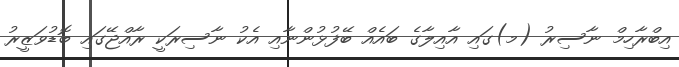
އިބްރާހިމް ނާސިރު (މ)ގައި އާއިލާގެ ބައެއް ބޭފުޅުންނާއި އެކު ނާސިރަކީ ރާއްޖޭގައި ބޮޑުވަޒީރު